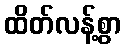
ထိတ်လန့်စွာ